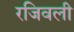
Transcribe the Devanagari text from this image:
रजिवली